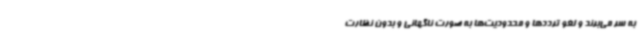
به سر می‌برند و لغو ترددها و محدودیت‌ها به صورت ناگهانی و بدون نظارت